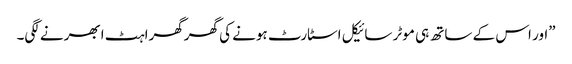
”اور اس کے ساتھ ہی موٹر سائیکل اسٹارٹ ہونے کی گھرگھراہٹ ابھرنے لگی۔